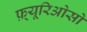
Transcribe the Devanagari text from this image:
फ़्यूरिओसो